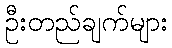
ဦးတည်ချက်များ